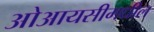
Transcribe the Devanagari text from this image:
ओआयसीमधील